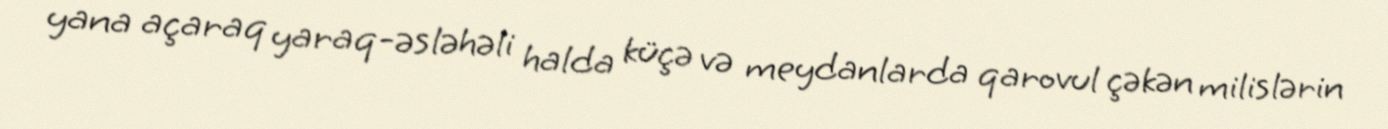
yana açaraq yaraq-əsləhəli halda küçə və meydanlarda qarovul çəkən milislərin